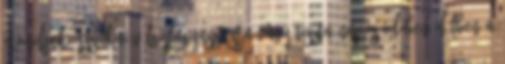
mondjuk éjszakai völgyfogyasztásra vagy tiszta napos időben délben a